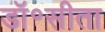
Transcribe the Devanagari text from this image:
डॉ॰सीता